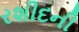
રશીદની